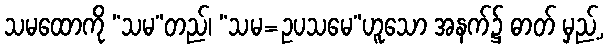
သမထောကို “သမ”တည်၊ “သမ=ဥပသမေ”ဟူသော အနက်၌ ဓာတ် မှည့်,